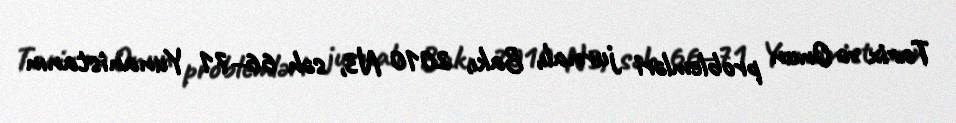
Tarix və Onun problemləri jurnalı, Bakı, 2010 N3, səh 66–71 Yunanistanın